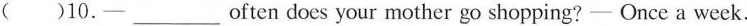
()10.—___ often does your mother go shopping? —Once a week.